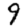
Digit: 9